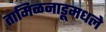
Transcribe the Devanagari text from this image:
तामिळनाडूमधले